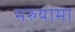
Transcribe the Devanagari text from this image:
मरुयामा